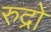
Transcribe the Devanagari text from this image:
रुद्रो